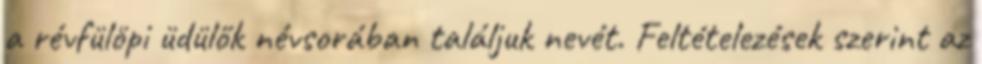
a révfülöpi üdülők névsorában találjuk nevét. Feltételezések szerint az